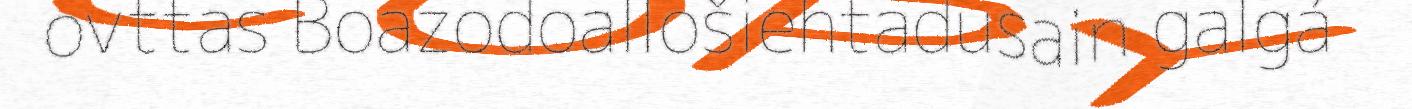
ovttas Boazodoallošiehtadusain galgá